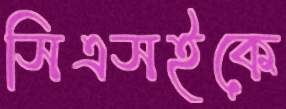
সিএসইকে